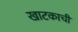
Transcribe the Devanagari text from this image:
खाटकाची